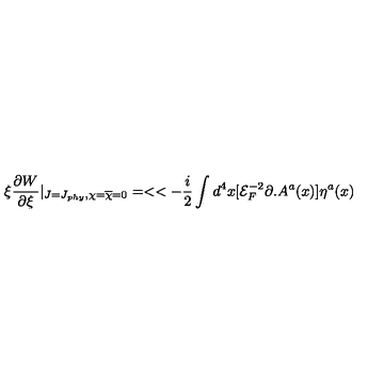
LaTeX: \xi \frac { \partial W } { \partial \xi } | _ { J = J _ { p h y } , \chi = { \overline { { \chi } } } = 0 } = < < - \frac { i } { 2 } \int d ^ { 4 } x [ { \mathcal { E } } _ { F } ^ { - 2 } \partial . A ^ { a } ( x ) ] \eta ^ { a } ( x )